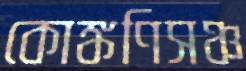
কোঙ্কণিসঞ্চ